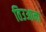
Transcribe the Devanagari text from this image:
तिउआना